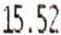
15.52